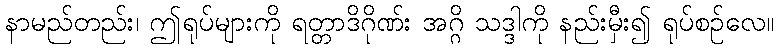
နာမည်တည်း၊ ဤရုပ်များကို ရတ္တာဒိဂိုဏ်း အဂ္ဂိ သဒ္ဒါကို နည်းမှီး၍ ရုပ်စဉ်လေ။